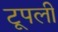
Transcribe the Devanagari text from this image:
टूपली